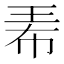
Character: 𤤰